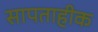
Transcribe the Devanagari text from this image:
सापताहीक